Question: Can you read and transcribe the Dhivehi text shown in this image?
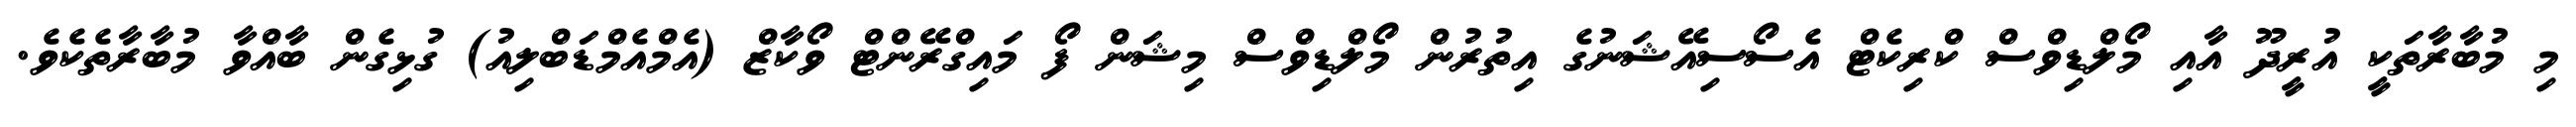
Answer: މި މުބާރާތަކީ އުރީދޫ އާއި މޯލްޑިވްސް ކްރިކެޓް އެސޯސިއޭޝަނުގެ އިތުރުން މޯލްޑިވްސް މިޝަން ފޯ މައިގްރޭންޓް ވޯކާޒް (އެމްއެމްޑަބްލިއު) ގުޅިގެން ބާއްވާ މުބާރާތެކެވެ.